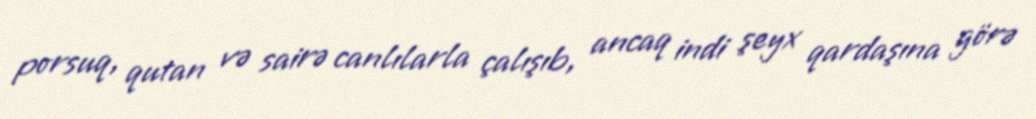
porsuq, qutan və sairə canlılarla çalışıb, ancaq indi şeyx qardaşına görə